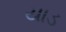
યાડ